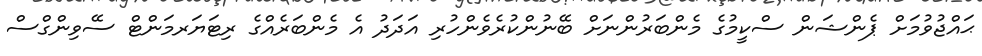
ޙައްޖުވުމަށް ޕެންޝަން ސްކީމުގެ މެންބަރުންނަށް ބޭނުންކުރެވެންހުރި އަދަދު އެ މެންބަރެއްގެ ރިޓަޔަރމަންޓް ސޭވިންގްސް